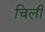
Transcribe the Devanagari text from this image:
चिली